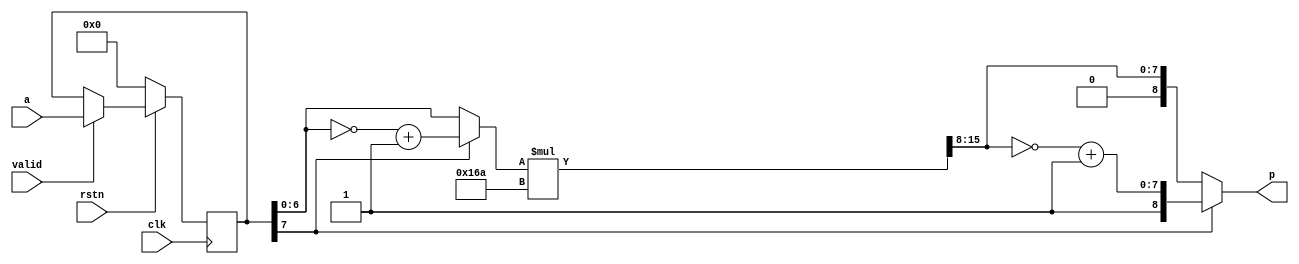
/**********************************************************************
 * Topic : RTL Core
 * 		  2-Dimensional Fast Hartley Transform
 *
 *
 * Function: Signed Multiplier - constant sqrt(2) = 1.41421
 * 1.41421*a = (256*1.41421)*a/256 = 362.03776*a/256 = 362*a/256
 * product = 362*a/2^8
 *
 * RIGHT TO USE: This code example, or any portion thereof, may be
 * used and distributed without restriction, provided that this entire
 * comment block is included with the example.
 *
 * DISCLAIMER: THIS CODE EXAMPLE IS PROVIDED "AS IS" WITHOUT WARRANTY
 * OF ANY KIND, EITHER EXPRESS OR IMPLIED, INCLUDING, BUT NOT LIMITED
 * TO WARRANTIES OF MERCHANTABILITY, FITNESS OR CORRECTNESS. IN NO
 * EVENT SHALL THE AUTHOR OR AUTHORS BE LIABLE FOR ANY DAMAGES,
 * INCLUDING INCIDENTAL OR CONSEQUENTIAL DAMAGES, ARISING OUT OF THE
 * USE OF THIS CODE.
 **********************************************************************/

module signed_mult_const_asic (
	rstn,
	clk,
	valid,
	a,
	p
);

parameter		N = 8;
input			rstn;
input			clk;
input			valid;
input  [N-1:0] a; // variable - positive/negative
output [N  :0] p; // product output

// FHT constant
//wire [8:0] mult_constant; // always positive
//assign mult_constant = 9'd362;
parameter mult_constant = 9'd362;

reg [N-1:0] a_FF;
always @(posedge clk)
if		(!rstn) a_FF <= #1 0;
else if (valid)	a_FF <= #1 a;

// Convert into 2's complement if (a_FF) is negative
wire [N-1:0] b;
assign b = a_FF[N-1] ? {~a_FF[N-1:0] + {{N-1{1'b0}},1'b1} } : a_FF[N-1:0];

// Multiply 2 positive numbers 
// b[N-2:0] * mult_constant[8:0]
// output result mult_wo_sign
// N-2+1 - number of (b) bits
// 8+1   - number of mult_constant bits
// N-2+1+8+1 - number of bits on the output
// = N+8 = [N+7:0]
wire [N+7:0] mult_wo_sign; // mult without sign
assign mult_wo_sign = b[N-2:0]*mult_constant;

// Divided by 256 - [N+7-8:0] = [N-1:0]
wire [N-1:0] div256; // divided 256
assign div256 = mult_wo_sign >> 8;

assign p = a_FF[N-1] ? 
					{1'b1,{~div256[N-1:0] + {{N-1{1'b0}},1'b1}} } : 
					{1'b0,  div256[N-1:0]}
					;
endmodule

// Update Log:
// 27 Jul. 2011
// wire [8:0] mult_constant replaced by parameter